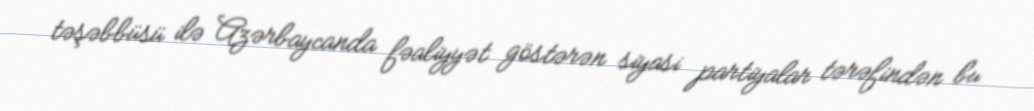
təşəbbüsü ilə Azərbaycanda fəaliyyət göstərən siyasi partiyalar tərəfindən bu